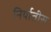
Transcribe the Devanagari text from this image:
निर्यातीस